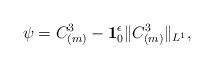
LaTeX: \begin{align*}\psi = C_{(m)}^3 - {\bf 1}^\epsilon_0\|C_{(m)}^3\|_{L^1},\end{align*}